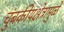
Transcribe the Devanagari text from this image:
चुंबकीयक्षेत्रामुळे